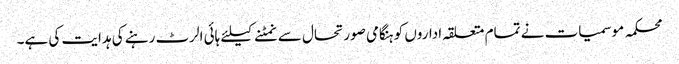
محکمہ موسمیات نے تمام متعلقہ اداروں کو ہنگامی صورتحال سے نمٹنے کیلئے ہائی الرٹ رہنے کی ہدایت کی ہے۔